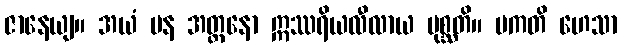
ဇာနေယျ။ အယံ ပန အတ္တနော ဣဿရိယလီလာယ ပုစ္ဆတိ။ ပကတိ ဟေသာ